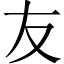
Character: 友